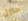
حاول